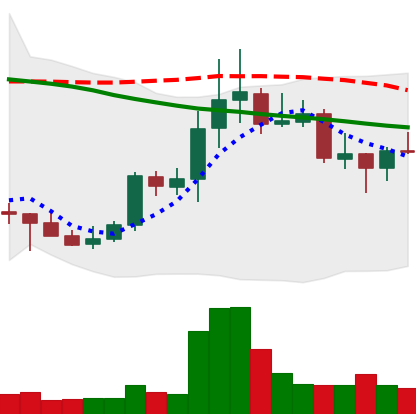
Ticker: DOGE-USD
Chart end date: 2021-10-14
Forward return: 5.819%
Label: up_5_7